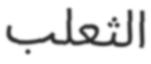
الثعلب